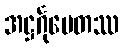
အဋ္ဌင်္ဂုပေတဿ